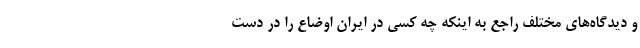
و دیدگاه‌‌های مختلف راجع به اینکه چه کسی در ایران اوضاع را در دست